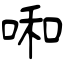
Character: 啝